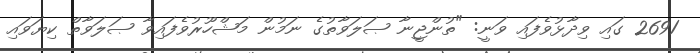
2691 ގައި ވިދާޅުވެފައި ވަނީ: "ތުންޖީނާ ޞަލަވާތުގެ ނަމުން މަޝްހޫރުވެފައިވާ ޞަލަވާތް ކިޔަވައި